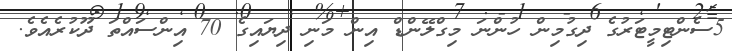
5ސެންޓިމީޓަރުގެ ދިގުމިން ހުންނަ މިގްލޭންޑް އިން މަނި ދިޔައިގެ 70 އިންސައްތަ ދޫކުރެއެވެ.